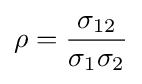
\rho ={\frac {\sigma _{12}}{\sigma _{1}\sigma _{2}}}